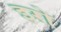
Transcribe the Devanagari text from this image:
इरो